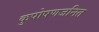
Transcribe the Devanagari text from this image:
कुपोषणजनित